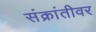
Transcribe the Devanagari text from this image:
संक्रांतीवर